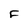
Character: F